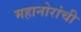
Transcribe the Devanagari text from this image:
महानोरांची